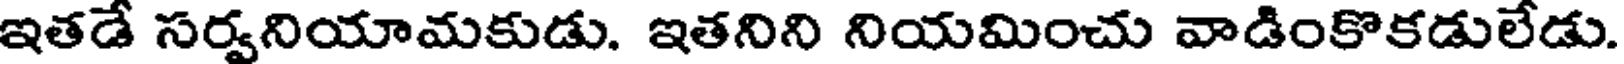
ఇతడే సర్వనియామకుడు. ఇతనిని నియమించు వాడింకొకడులేడు.